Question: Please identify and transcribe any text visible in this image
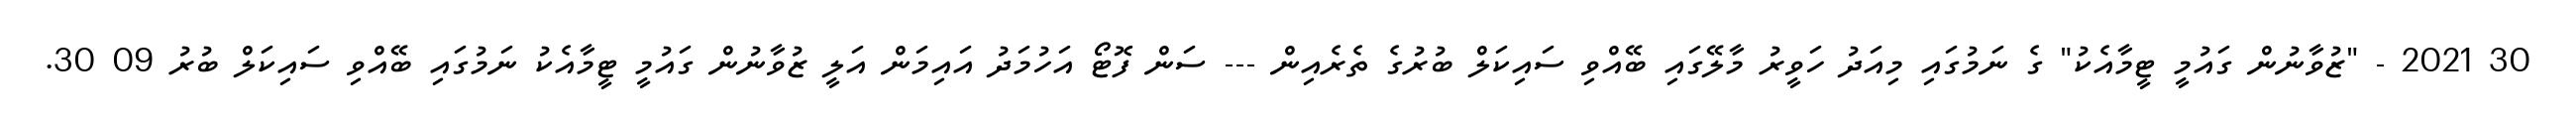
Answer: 30 2021 - "ޒުވާނުން ގައުމީ ޓީމާއެކު" ގެ ނަމުގައި މިއަދު ހަވީރު މާލޭގައި ބޭއްވި ސައިކަލް ބުރުގެ ތެރެއިން --- ސަން ފޮޓޯ އަހުމަދު އައިމަން އަލީ ޒުވާނުން ގައުމީ ޓީމާއެކު ނަމުގައި ބޭއްވި ސައިކަލް ބުރު 09 30.